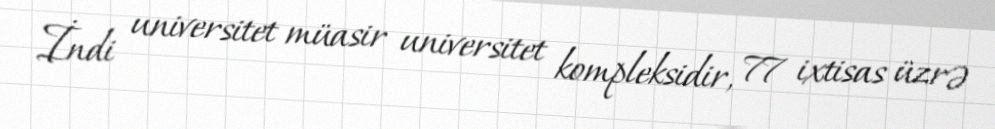
İndi universitet müasir universitet kompleksidir, 77 ixtisas üzrə